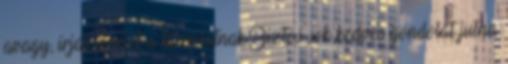
avagy, írjál levelet a társulatnak.Biztos sok kedves gondolat jutna